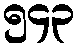
၅၄၃